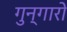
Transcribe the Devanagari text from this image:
गुन्गारो